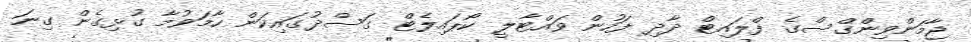
ޖާމަަންވިންގްސްގެ ފްލައިޓް ދާދި ފަހުން ވައްޓާލީ ކޯޕައިލެޓް ގަސްދުގައިކަން ހާމަވުމާ ގުޅިގެން ގިނަ